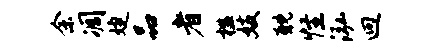
余凋婕品者槛妓耽怪泓迥